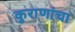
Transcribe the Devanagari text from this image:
कुराणांचा